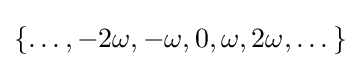
\{\dots ,-2\omega ,-\omega ,0,\omega ,2\omega ,\dots \}